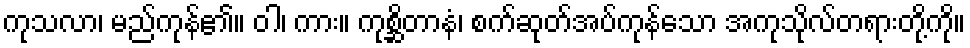
ကုသလာ၊ မည်ကုန်၏။ ဝါ၊ ကား။ ကုစ္ဆိတာနံ၊ စက်ဆုတ်အပ်ကုန်သော အကုသိုလ်တရားတို့ကို။